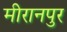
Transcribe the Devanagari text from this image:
मीरानपुर